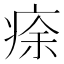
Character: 𤶠